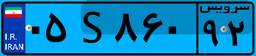
۰۵S۸۶۰۹۲